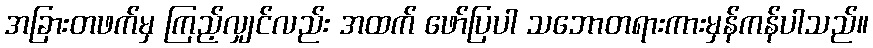
အခြားတဖက်မှ ကြည့်လျှင်လည်း အထက် ဖော်ပြပါ သဘောတရားကားမှန်ကန်ပါသည်။